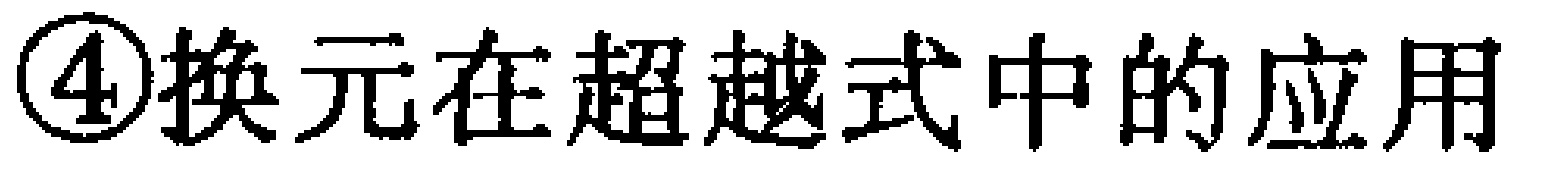
\textcircled{4}换元在超越式中的应用